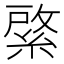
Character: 綮